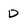
Character: D